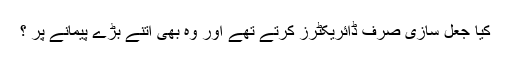
کیا جعل سازی صرف ڈائریکٹرز کرتے تھے اور وہ بھی اتنے بڑے پیمانے پر ؟